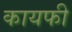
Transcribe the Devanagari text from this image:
कायफी